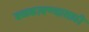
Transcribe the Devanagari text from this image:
बळकावण्यासाठी